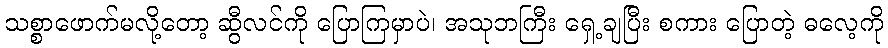
သစ္စာဖောက်မလို့တော့ ဆွီလင်ကို ပြောကြမှာပဲ၊ အသုဘကြီး ရှေ့ချပြီး စကား ပြောတဲ့ ဓလေ့ကို